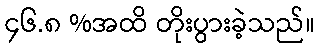
၄၆.၈ %အထိ တိုးပွားခဲ့သည်။